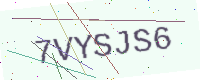
Text: 7VYSJS6